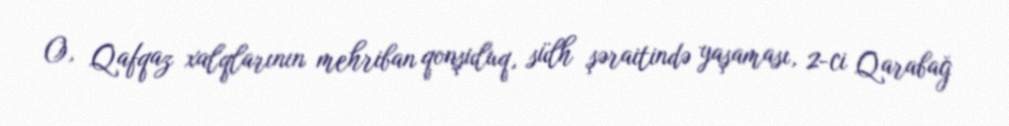
O, Qafqaz xalqlarının mehriban qonşuluq, sülh şəraitində yaşaması, 2-ci Qarabağ